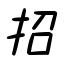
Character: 招